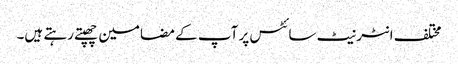
مختلف انٹر نیٹ سائٹس پر آپ کے مضامین چھپتے رہتے ہیں۔